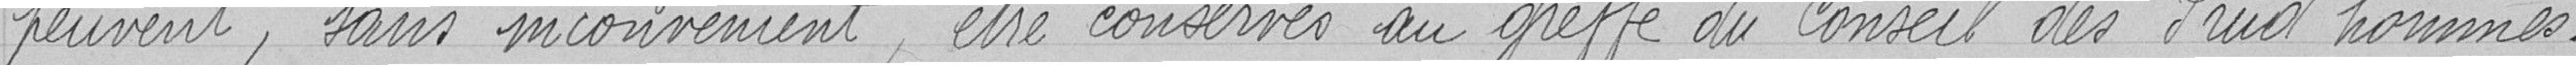
peuvent, sans inconvénient, être conservés au greffe du Conseil des Prud'hommes.